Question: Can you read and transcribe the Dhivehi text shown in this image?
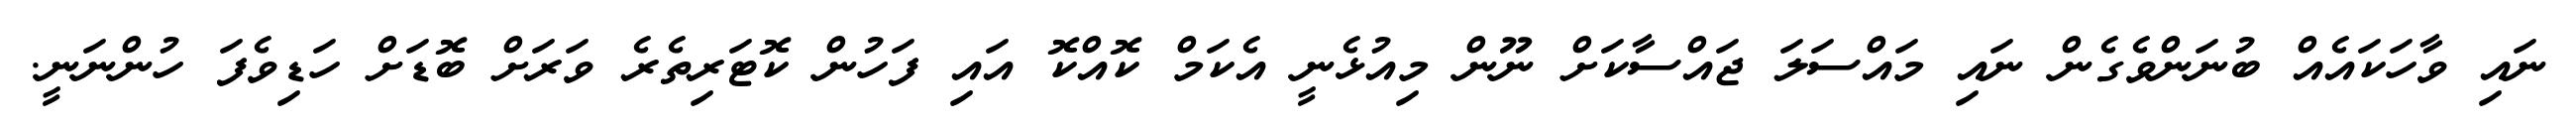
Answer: ނައި ވާހަކައެއް ބުނަންވެގެން ނައި މައްސަލަ ޖައްސާކަށް ނޫން މިއުޅެނީ އެކަމް ކޮއްކޮ އައި ފަހުން ކޮޓަރިތެރެ ވަރަށް ބޮޑަށް ހަޑިވެފަ ހުންނަނީ.